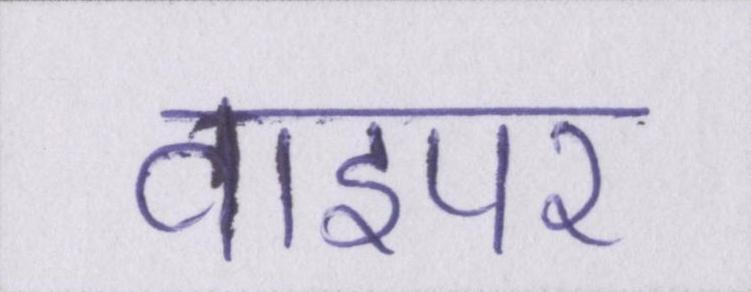
वाइपर